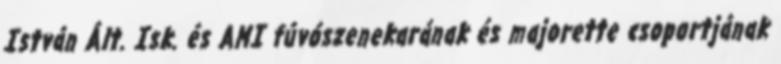
István Ált. Isk. és AMI fúvószenekarának és majorette csoportjának